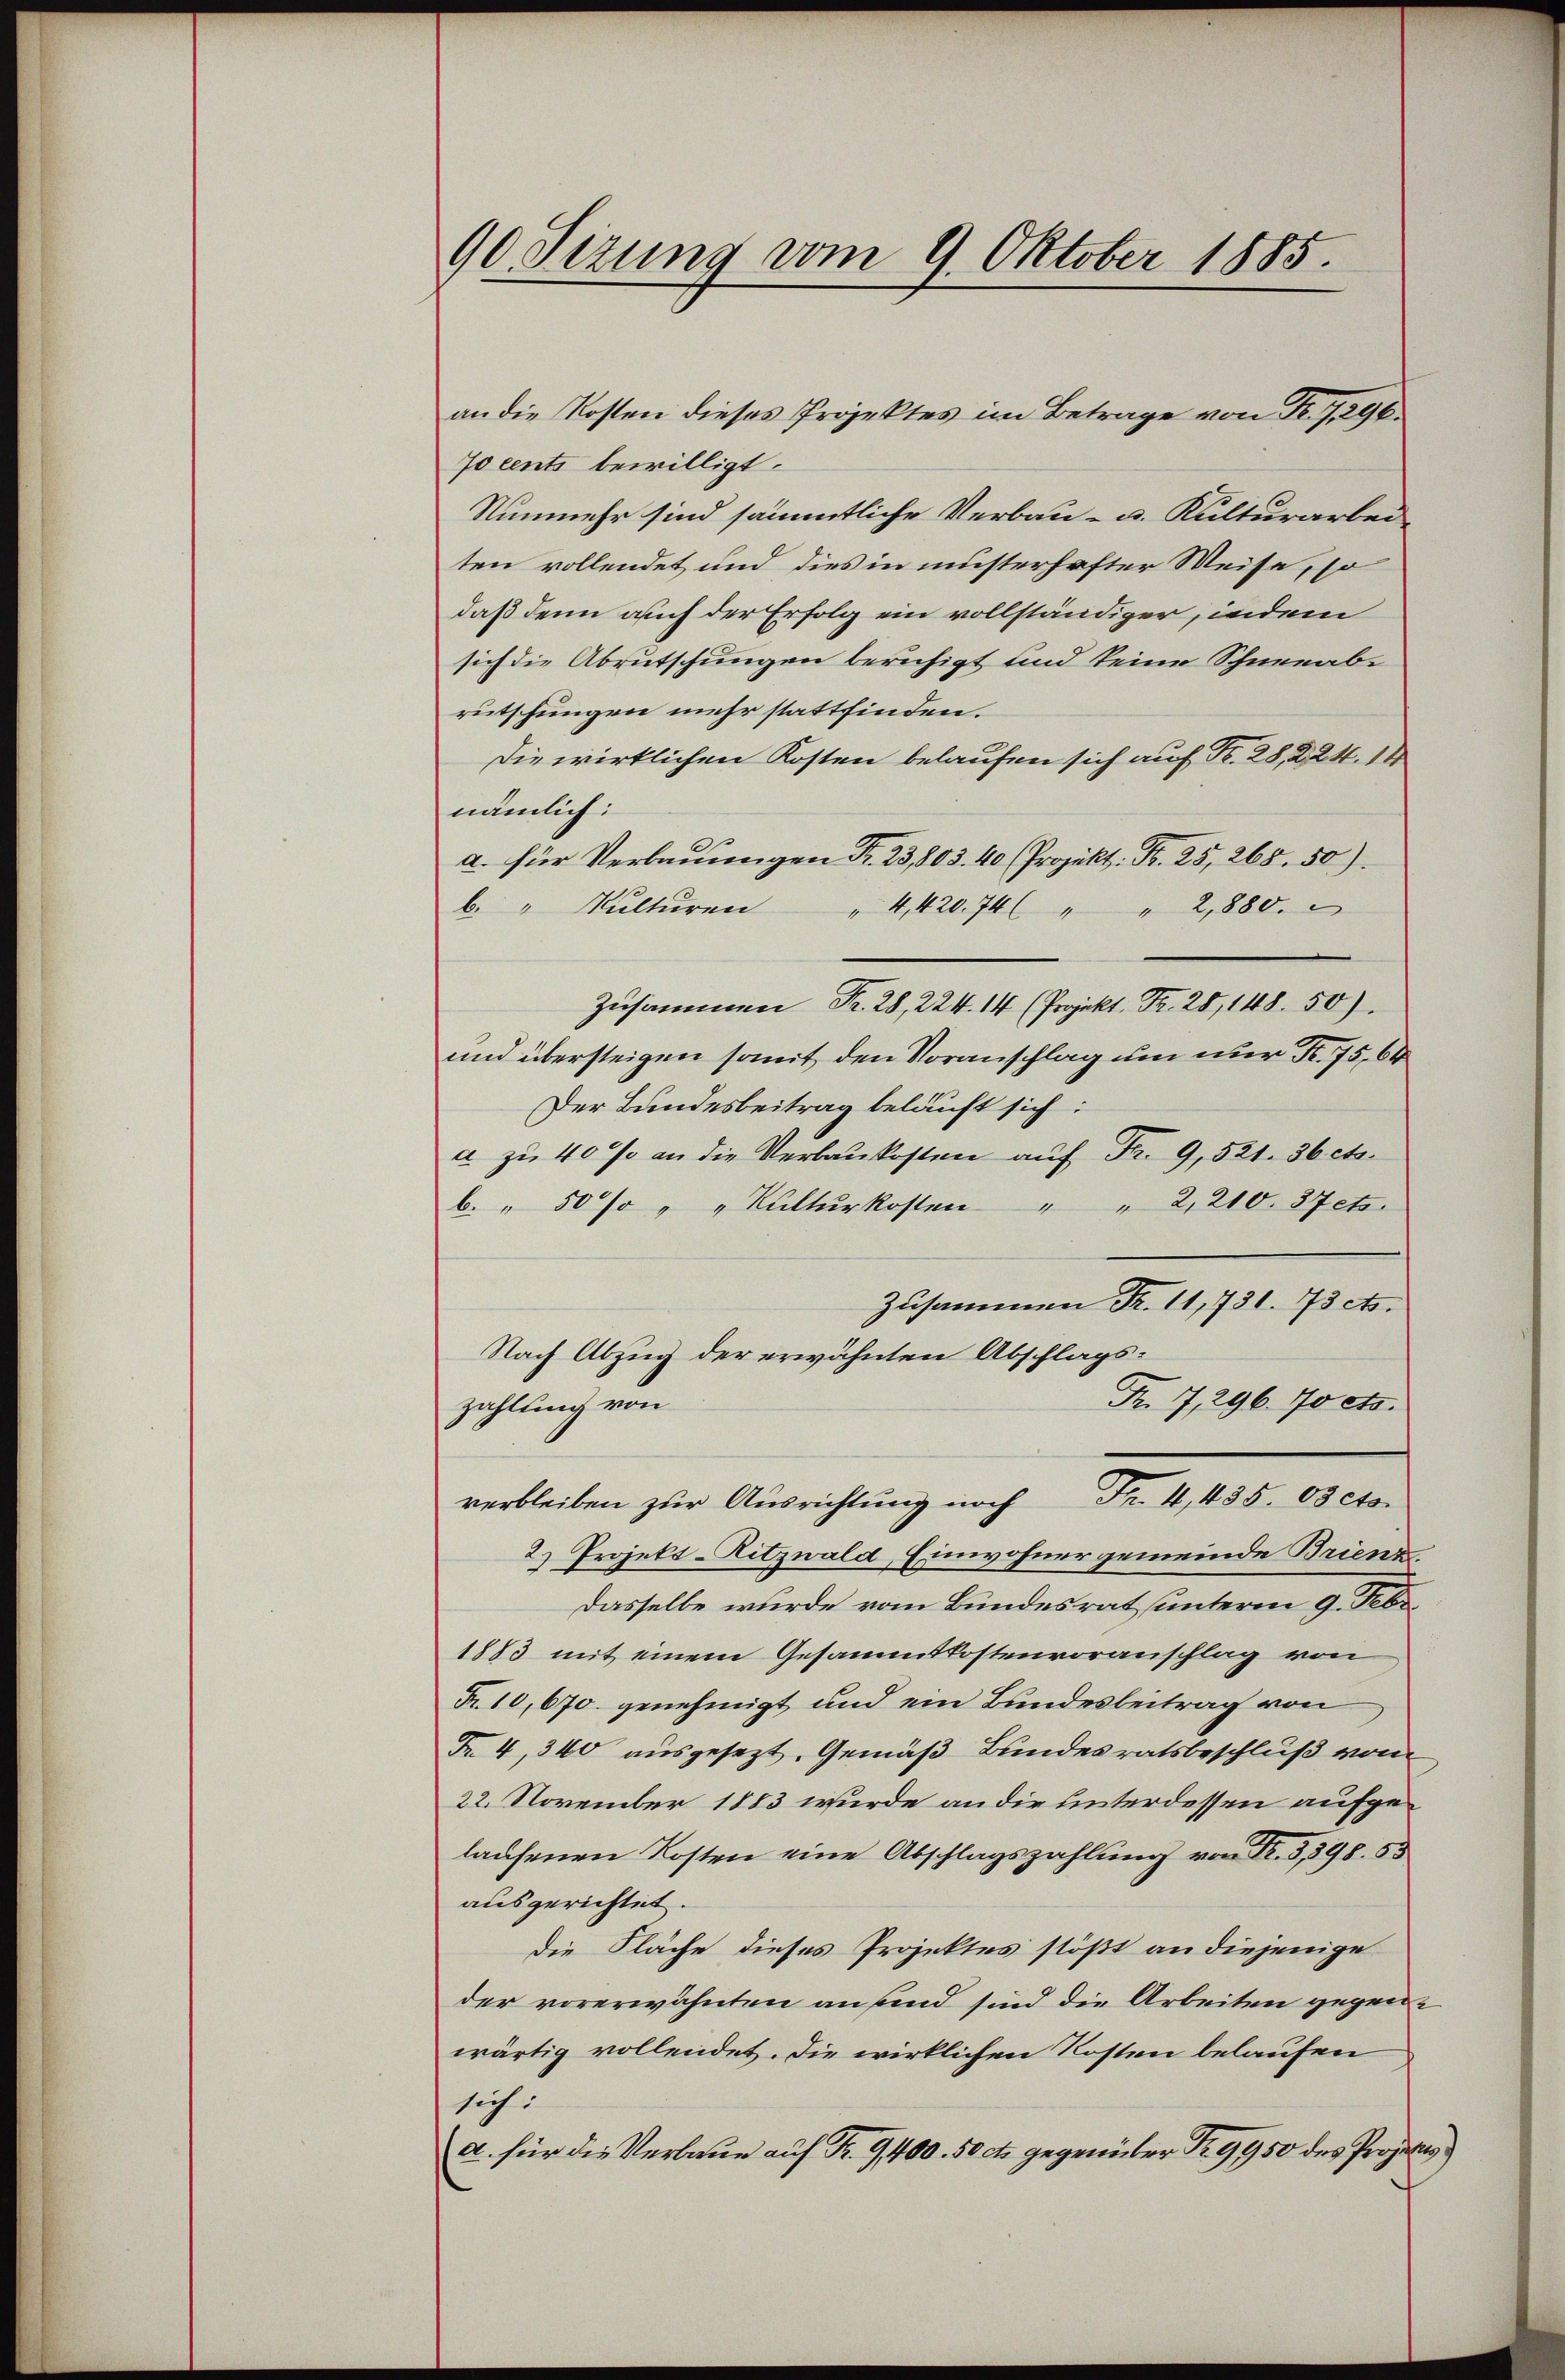
90 Sizung vom 9. Oktober 1885.

Jocents bewilligt.
Nunmehr sind sämmtliche Verbau- u. Kulturarbei-
ten vollendet und dies in müsterhafter Weise, so
daß denn auch der Erfolg ein vollständiger, indem
sich die Abrutschungen beruhigt und keine Schneeabrutschungen mehr stattfinden.
Die wirklichen Kosten belaufen sich auf Fr. 28, 224. 14
nämlich:
a. für Verbauungen Fr. 23,803. 40 (Projekt. Fr. 25, 268. 50).
b. " Kŭltŭren " 4,420. 74 " " 2,880.
Zusammen Fr. 28, 224. 14 (Projekt. Fr. 28, 148. 50).
und übersteigen somit den Voranschlag um nur Fr. 75,64
Der Bundesbeitrag belauft sich:
a zu 40 % an die Verbaukosten auf Fr. 9, 521. 36 cts.
b. " 50% " " Kulturkosten " " 2,210. 37 ets.
Zusammen Fr. 11,731. 73 cts.
Nach Abzug der erwähnten Abschlags¬
Fr. 7, 296. 70 cts.
zahlung von
verbleiben zur Ausrichtung noch Fr. 4, 435. 03 cts.
2) Projekt-Ritzwald, Einwohnergemeinde Brienz.
Dasselbe wurde vom Bundesrat unterm 9. Febr.
1883 mit einem Gesammtkostenvoranschlag von
Fr. 10, 670. genehmigt und ein Bundesbeitrag von
Fr. 4, 340 ausgesezt. Gemäß Bundesratsbeschluß von
22. November 1883 wurde an die unterdessen aufgelaŭfenen Kosten eine Abschlagszahlung von Fr. 3,398. 53
ausgerichtet.
die Fläche dieses Projektes stößt an diejenige
der vorerwähnten ansend sind die Arbeiten gegenwärtig vollendet. Die wirklichen Kosten belaufen
sich:
a. für die Verbaue auf Fr. 9400. 50 Fr. gegenüber Nr. 9950 des Projekts

an die Kosten dieses Projektes im Betrage von Fr. 7, 296.

)